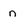
Character: n